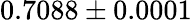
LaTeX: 0.7088\pm 0.0001